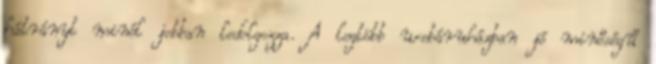
hátrányt minél jobban ledolgozza. A legtöbb webáruházban jó minőségű